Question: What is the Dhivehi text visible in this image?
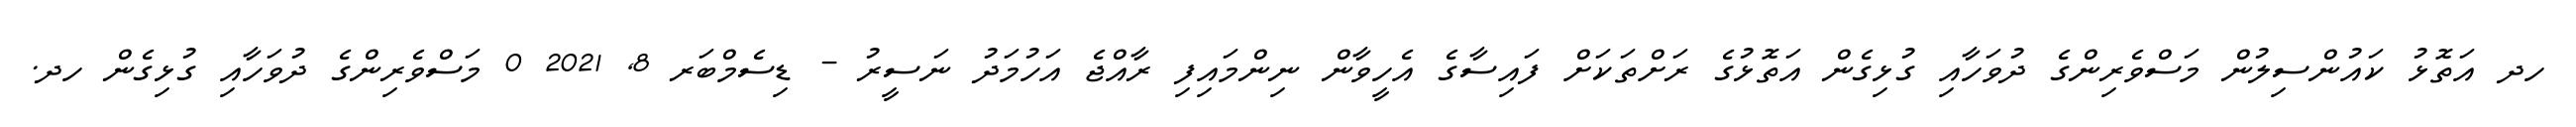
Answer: ހދ އަތޮޅު ކައުންސިލުން މަސްވެރިންގެ ދުވަހާއި ގުޅިގެން އަތޮޅުގެ ރަށްތަކަށް ފައިސާގެ އެހީވާން ނިންމައިފި ރާއްޖެ އަހުމަދު ނަސީރު - ޑިސެމްބަރ 8, 2021 0 މަސްވެރިންގެ ދުވަހާއި ގުޅިގެން ހދ.